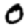
Digit: 0